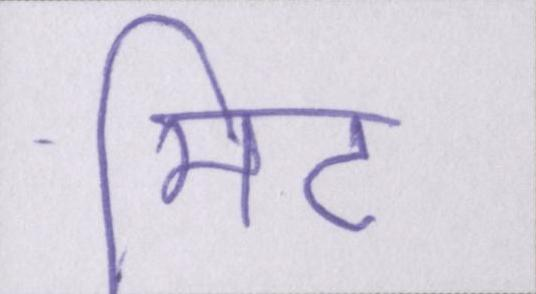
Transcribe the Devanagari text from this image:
मीट